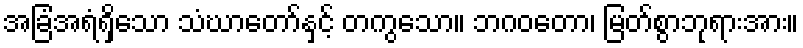
အခြံအရံရှိသော သံဃာတော်နှင့် တကွသော။ ဘဂဝတော၊ မြတ်စွာဘုရားအား။